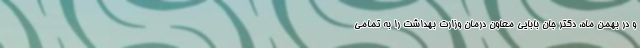
و در بهمن ماه، دکتر جان بابایی معاون درمان وزارت بهداشت را به تمامی